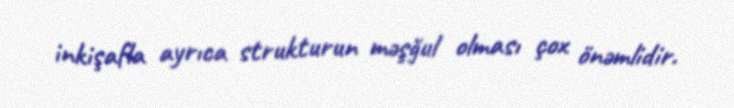
inkişafla ayrıca strukturun məşğul olması çox önəmlidir.